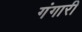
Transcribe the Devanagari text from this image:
गंगारी